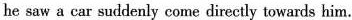
4.Hardly had he got to the middle of the street while